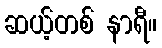
ဆယ့်တစ် နာရီ။